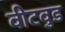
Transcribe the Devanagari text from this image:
वीटवुड